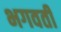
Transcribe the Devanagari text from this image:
भगवतीं